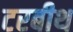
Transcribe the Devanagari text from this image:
टरबीथ